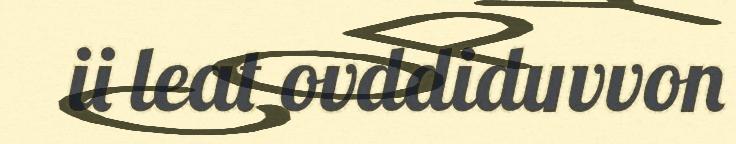
ii leat ovddiduvvon